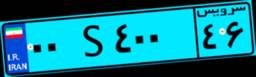
۰۰S۴۰۰۴۶